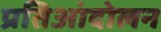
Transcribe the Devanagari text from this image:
प्रतिआंदोलन